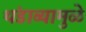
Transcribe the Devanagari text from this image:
थंडाव्यामुळे